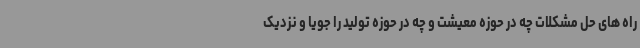
راه های حل مشکلات چه در حوزه معیشت و چه در حوزه تولید را جویا و نزدیک